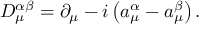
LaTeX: D _ { \mu } ^ { \alpha \beta } = \partial _ { \mu } - i \left( a _ { \mu } ^ { \alpha } - a _ { \mu } ^ { \beta } \right) .